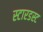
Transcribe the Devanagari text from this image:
स्‍टारडस्‍ट